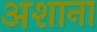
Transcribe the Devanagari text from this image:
अशाना